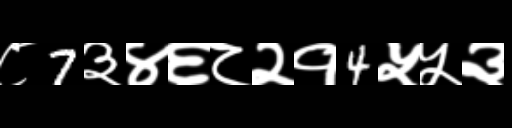
Text: ८7३४६८२१4५५३